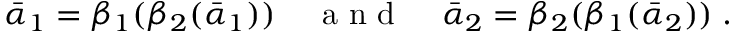
\bar { \alpha } _ { 1 } = \beta _ { 1 } ( \beta _ { 2 } ( \bar { \alpha } _ { 1 } ) ) \; \; \; \; { \mathrm { ~ a ~ n ~ d ~ } } \; \; \; \; \bar { \alpha } _ { 2 } = \beta _ { 2 } ( \beta _ { 1 } ( \bar { \alpha } _ { 2 } ) ) \; .